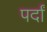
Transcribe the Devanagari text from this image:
पर्दां